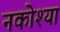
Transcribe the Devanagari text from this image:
नकोश्या